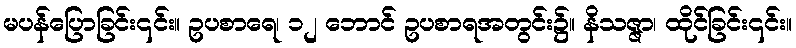
မပန်ပြောခြင်း၎င်း။ ဥပစာရေ၊ ၁၂ ဘောင် ဥပစာရအတွင်း၌။ နိသဇ္ဇာ၊ ထိုင်ခြင်း၎င်း။